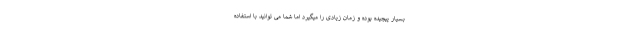
بسیار پیچیده بوده و زمان زیادی را میگیرد اما شما می توانید با استفاده